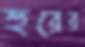
হুরের